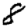
Digit: 8